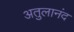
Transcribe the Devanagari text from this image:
अतुलानंद